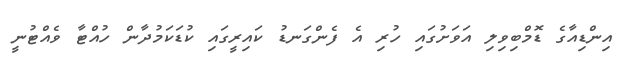
އިންޑިއާގެ ޑޮމްބިވިލި އަވަށުގައި ހުރި އެ ފެންގަނޑު ކައިރީގައި ކުޑަކަމުދާން ހުއްޓާ ވެއްޓުނީ